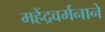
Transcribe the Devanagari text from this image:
महेंद्रवर्मनाने